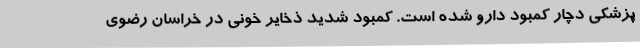
پزشکی دچار کمبود دارو شده است. کمبود شدید ذخایر خونی در خراسان رضوی